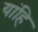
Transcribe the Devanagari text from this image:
यांहि